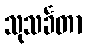
သုသင်္ခတာ